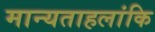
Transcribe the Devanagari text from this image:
मान्यताहलांकि